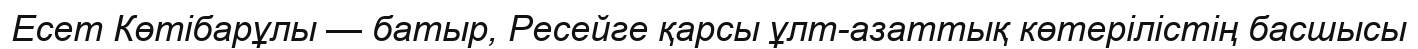
Есет Көтібарұлы — батыр, Ресейге қарсы ұлт-азаттық көтерілістің басшысы